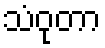
သံဝုတာ